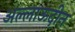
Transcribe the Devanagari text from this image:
अल्लाऊदीन